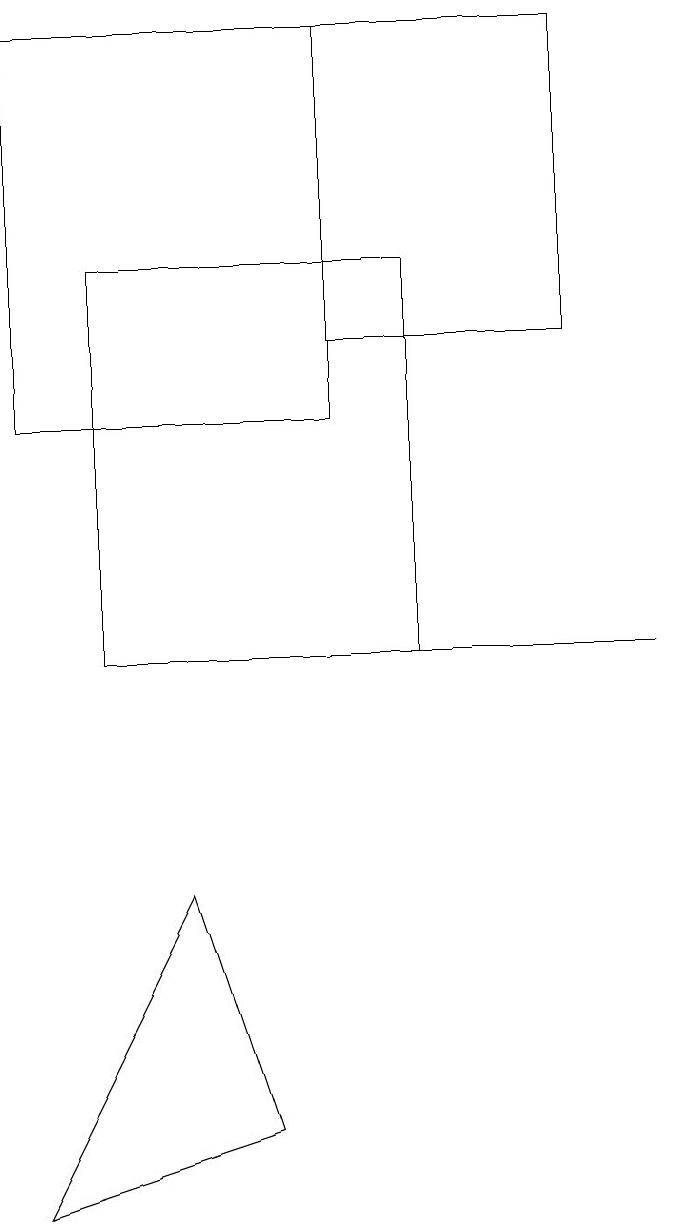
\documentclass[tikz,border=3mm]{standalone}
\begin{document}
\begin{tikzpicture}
\draw (1,18) rectangle (5,13);
\draw (4,4) -- (1,3) -- (3,7) -- cycle;
\draw (2,15) rectangle (6,10);
\draw (8,14) rectangle (5,18);
\draw (3,10) rectangle (9,10);
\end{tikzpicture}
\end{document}